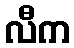
လီက